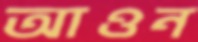
আওন